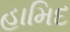
હામિદ